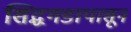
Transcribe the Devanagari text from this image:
सिद्धगडापासून